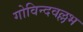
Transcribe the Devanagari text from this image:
गोविन्दवल्लभ